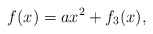
\begin{align*} f(x)= ax^2 + f_3(x), \end{align*}